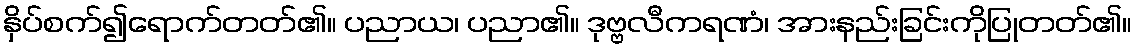
နှိပ်စက်၍ရောက်တတ်၏။ ပညာယ၊ ပညာ၏။ ဒုဗ္ဗလီကရဏံ၊ အားနည်းခြင်းကိုပြုတတ်၏။